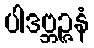
ပါဒဗ္ဘဉ္ဇနံ